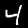
Label: 4